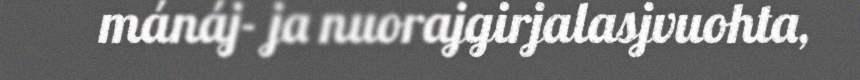
mánáj- ja nuorajgirjalasjvuohta,